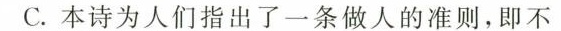
C. 本诗为人们指出了一条做人的准则，即不